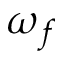
\omega _ { f }